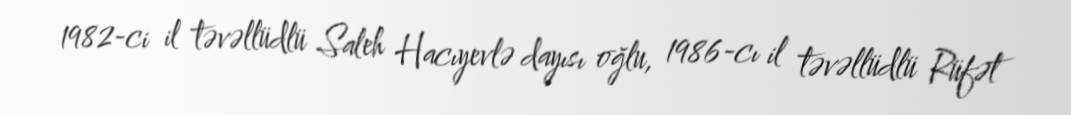
1982-ci il təvəllüdlü Saleh Hacıyevlə dayısı oğlu, 1986-cı il təvəllüdlü Rüfət